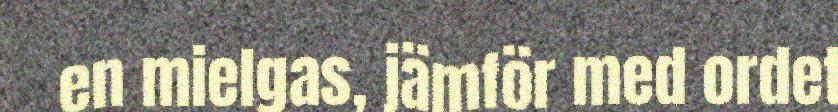
en mielgas, jämför med ordet